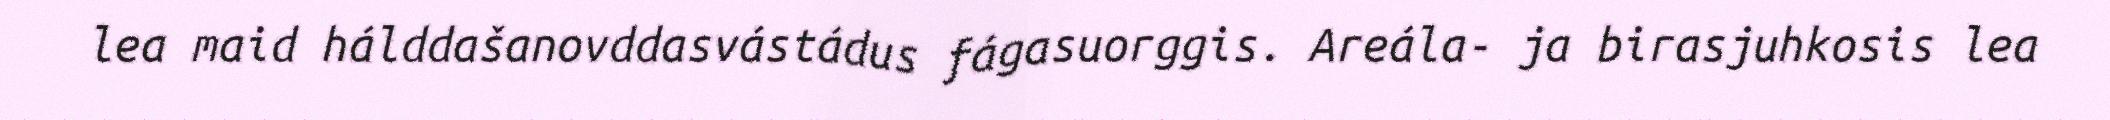
lea maid hálddašanovddasvástádus fágasuorggis. Areála- ja birasjuhkosis lea